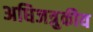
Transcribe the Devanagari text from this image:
अधिजत्रुकीय